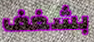
بشغف